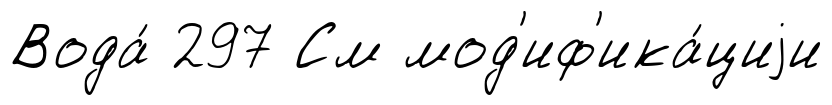
Вода́ 297 См мод'иф'ика́циjи